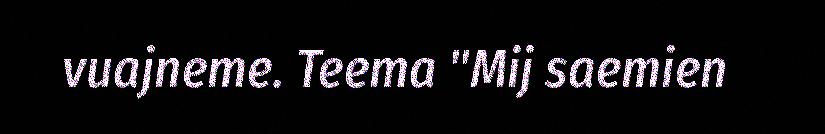
vuajneme. Teema "Mij saemien